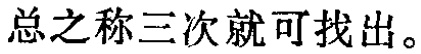
总之称三次就可找出。